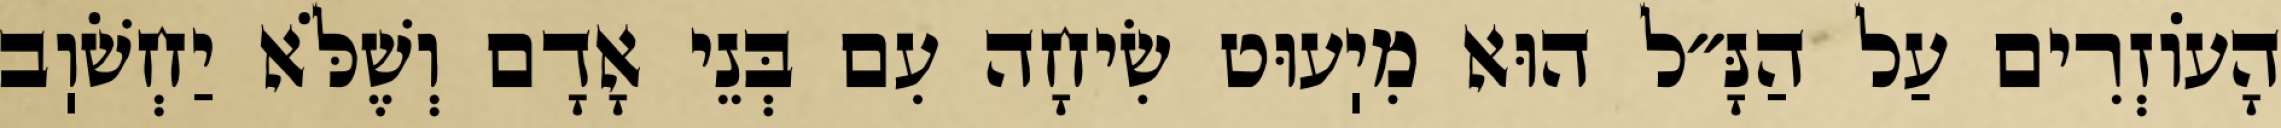
הָעוֹזְרִים עַל הַנָּ״ל הוּא מִיֽעוּט שִׂיחָה עִם בְּנֵי אָדָם וְשֶׁלֹּא יַחְשֹׁוֽב